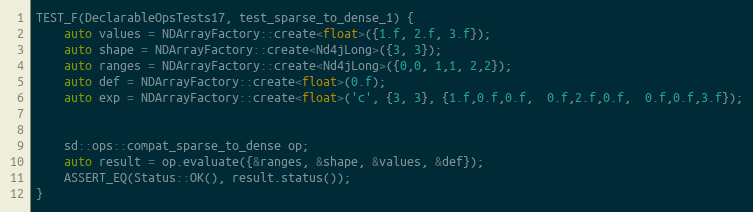
Language: C++
TEST_F(DeclarableOpsTests17, test_sparse_to_dense_1) {
    auto values = NDArrayFactory::create<float>({1.f, 2.f, 3.f});
    auto shape = NDArrayFactory::create<Nd4jLong>({3, 3});
    auto ranges = NDArrayFactory::create<Nd4jLong>({0,0, 1,1, 2,2});
    auto def = NDArrayFactory::create<float>(0.f);
    auto exp = NDArrayFactory::create<float>('c', {3, 3}, {1.f,0.f,0.f,  0.f,2.f,0.f,  0.f,0.f,3.f});

    sd::ops::compat_sparse_to_dense op;
    auto result = op.evaluate({&ranges, &shape, &values, &def});
    ASSERT_EQ(Status::OK(), result.status());
}